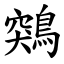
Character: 鶟